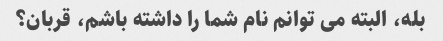
بله، البته می توانم نام شما را داشته باشم، قربان؟